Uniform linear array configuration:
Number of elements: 16
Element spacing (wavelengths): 0.75
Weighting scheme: uniform
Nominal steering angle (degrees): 60
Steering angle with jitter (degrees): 60.264
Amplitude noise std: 0.05
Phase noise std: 0.05

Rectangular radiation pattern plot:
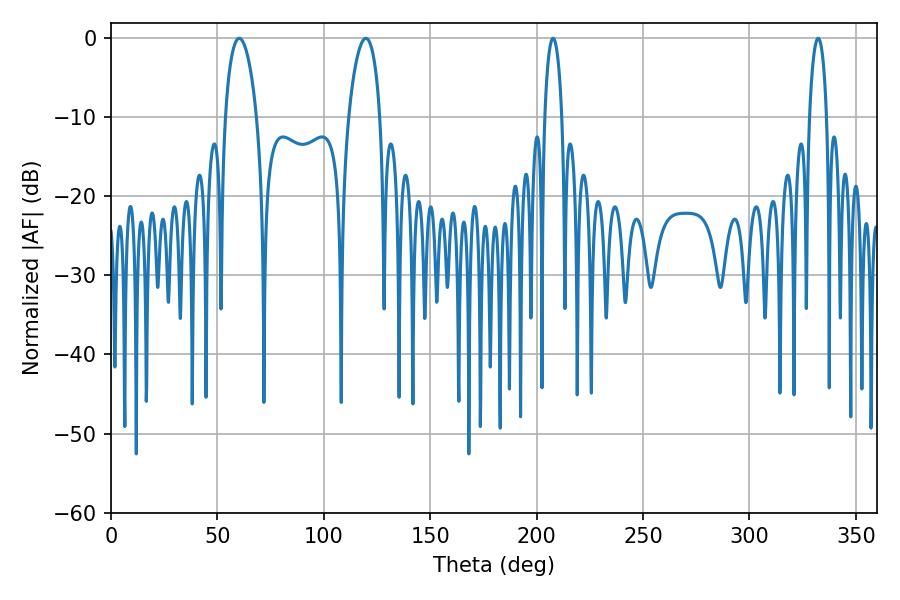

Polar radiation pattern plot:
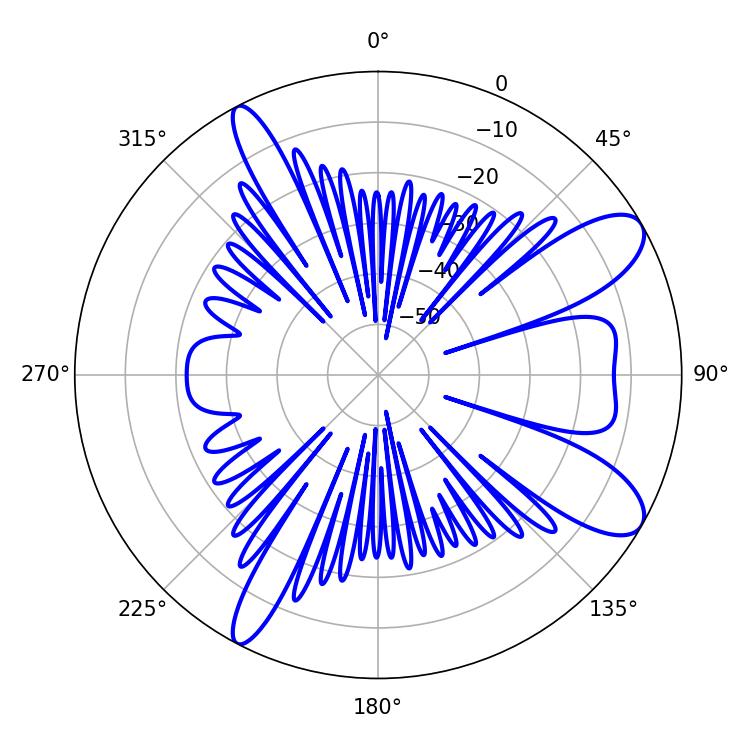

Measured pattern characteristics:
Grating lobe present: TRUE
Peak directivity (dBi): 9.783
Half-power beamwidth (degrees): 4.68
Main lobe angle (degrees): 207.72